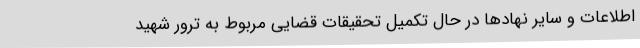
اطلاعات و سایر نهادها در حال تکمیل تحقیقات قضایی مربوط به ترور شهید